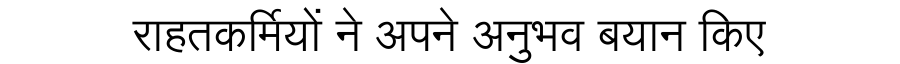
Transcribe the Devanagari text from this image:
राहतकर्मियों ने अपने अनुभव बयान किए